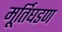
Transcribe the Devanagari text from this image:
मूर्तिघडण